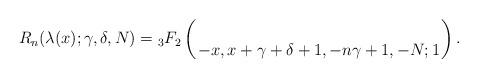
LaTeX: \begin{align*}R_n(\lambda(x);\gamma,\delta,N) = {}_3F_2 \left( \atop{-x,x+\gamma+\delta+1,-n}{\gamma+1,-N} ; 1 \right).\end{align*}